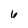
Character: 6